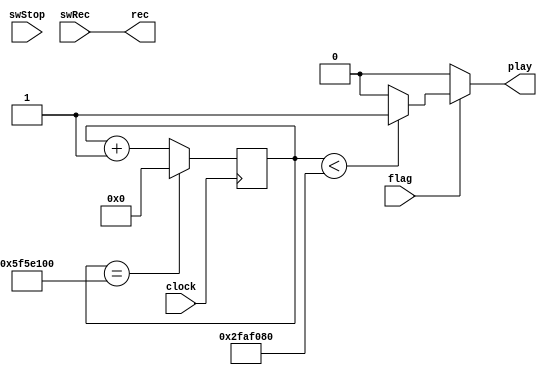
`timescale 1ns / 1ps
//////////////////////////////////////////////////////////////////////////////////
// Company: 
// Engineer: 
// 
// Design Name: 
// Module Name: Voice_test
// Project Name: 
// Target Devices: 
// Tool Versions: 
// Description: 
// 
// Dependencies: 
// 
// Revision:
// Revision 0.01 - File Created
// Additional Comments:
// 
//////////////////////////////////////////////////////////////////////////////////


module voice_test(
    input swRec,
    input swStop,
    input clock,
    input flag,
    output rec,
    output reg play
    );
    
    reg [27:0] i;
    reg count;
    
    always@(posedge clock)
    begin
        if(i == 100_000_000) i = 0;
        else i = i + 1;
    end
    
    always@(i)
    begin
        if(i == 100_000_000) count = 1;
        else count = 0;
    end
    
    always@(count)
    begin
        if(flag)
        begin
            if(i < 50_000_000) play = 1;
            else play = 0;
        end
        else play = 0;
    end
    
    assign rec = swRec;
endmodule